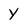
Character: Y